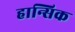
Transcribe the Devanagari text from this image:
हान्सिक